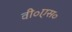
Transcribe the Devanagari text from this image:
वी॰एस॰